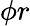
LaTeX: \phi r